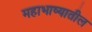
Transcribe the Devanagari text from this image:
महाभाष्यातील